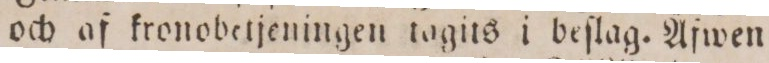
och af kronobetjeningen togits i beſlag. Äfwen